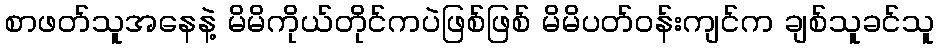
စာဖတ်သူအနေနဲ့ မိမိကိုယ်တိုင်ကပဲဖြစ်ဖြစ် မိမိပတ်ဝန်းကျင်က ချစ်သူခင်သူ